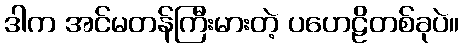
ဒါက အင်မတန်ကြီးမားတဲ့ ပဟေဠိတစ်ခုပဲ။